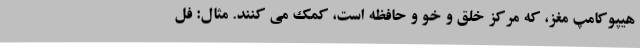
هیپوکامپ مغز، که مرکز خلق و خو و حافظه است، کمک می کنند. مثال: فل